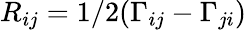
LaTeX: R_{ij}=1/2(\Gamma_{ij}-\Gamma_{ji})